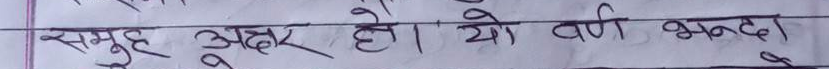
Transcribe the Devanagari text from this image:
समुह अक्षर हो। यो वर्ण भन्दा